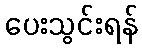
ပေးသွင်းရန်